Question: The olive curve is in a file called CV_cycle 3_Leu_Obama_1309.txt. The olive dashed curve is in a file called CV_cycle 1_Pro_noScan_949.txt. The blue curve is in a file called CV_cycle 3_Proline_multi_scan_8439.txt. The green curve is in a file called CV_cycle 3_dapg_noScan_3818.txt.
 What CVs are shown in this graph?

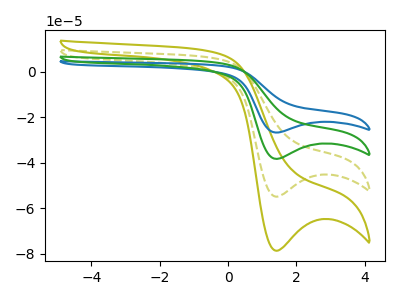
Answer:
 <answer>The olive curve is labeled "Leu, cycle 3". The olive dashed curve is labeled "Pro, cycle 1". The blue curve is labeled "Proline, cycle 3". The green curve is labeled "dapg, cycle 3".</answer>
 <eval></eval>